Heimtali_vallavalitsus, lk 29
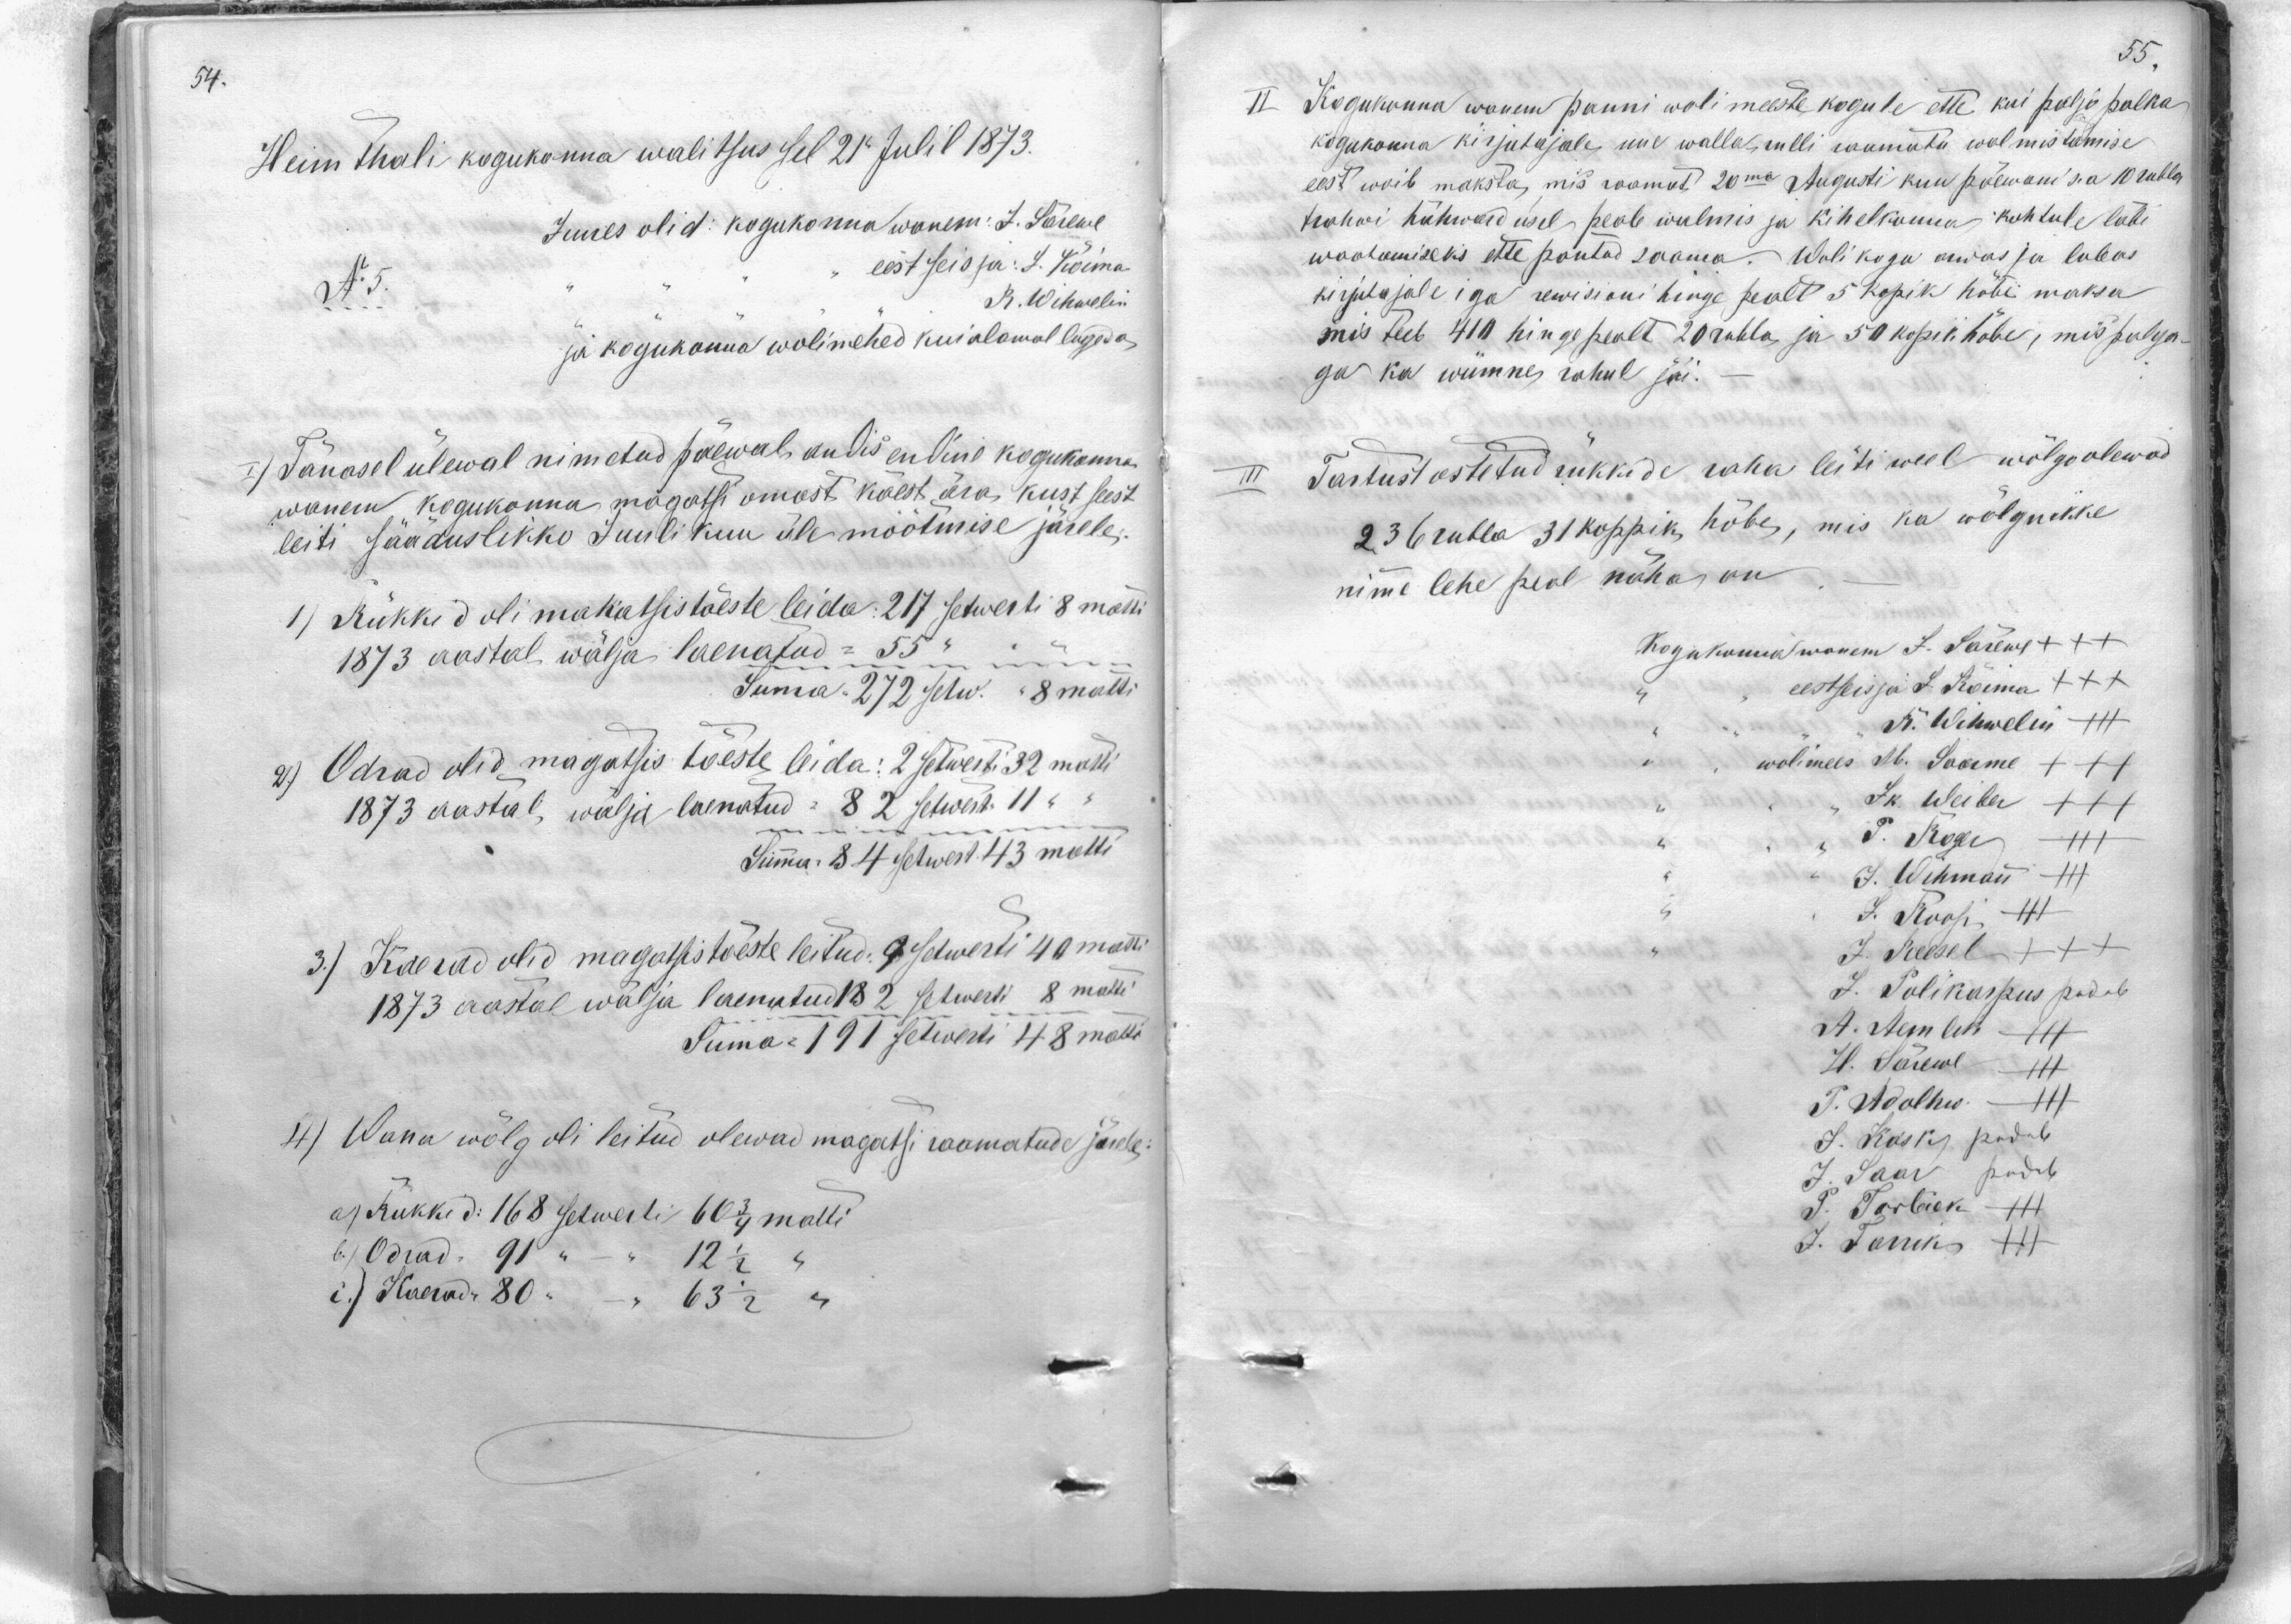
Heimthali kogukonna walitsus sel 21 Julil 1873.
Juures olid: kogukonna wanem: J. Särewe
No:5
eestseisja: J. Kõima
R. Wihwelin
ja kogukonna wolimehed kui alamal lugeda,
I) Tänasel ülewal nimetud päewal andis endine kogukonna
wanem kogukonna magatsi omast käest ära kust seest
leiti sääduslikko Juulikuu üle möötmise järele.
1) Rükkid oli makatsis tõeste leida: 217 setwerti 8 matti
1873 aastal wälja laenatud = 55
Suma. 272 setw. "8 matti
2) Odrad olid magatsis tõeste leida: 2 setwesti 32 matti
1873 aastal, wälja laenatud: 82 setwert 11
Suma: 84 setwert 43 matti
3) Kaerad olid magatsis tõeste leitud. Setwerti 40 matti
1873 aastal wälja laenatud 182 setwerti 8 matti
Suma: 191 setwerti 48 matti
4) Wana wõlg oli leitud olewad magatsi raamatude järele:
a) Rukkid: 168 setwerti 60 3/4 matti
b.) Odrad, 91 " - 12 1/2
i.) Kaerad: 80 - " 63 1/2

II Kogukonna wanem panni wolimeste kogule ette kui palju palka
kogukonna kirjutajale, uue walla, rulli raamatu walmistamise
eest woib maksta, mis raamat 20ma Augusti kuu päewani s.a 10 rubla
Kohwi hühwaid isel, peale walmis ja kihelkonna kohtule läbi
waatamiseks ette pantud saama. Wolikogu arwas ja lubas
kirjutajale iga rewisioni hinge pealt 5 kopik häbi maksa
mis teeb 410 hingepealt 20 rubla ja 50 kopik hõbe, mis palga-
ga ka wiimne rahul jäi.
Tartust ostetud rükkude raha leiti weel wõlga olewad
236 rubla 31 koppik hõbes, mis ka wõlgnikke
nime lehe peal näha on
Kogukonna wanem J. Särewe +++
eestseisja J. Kõima +++
R. Wihwelin XXX
wolimees M. Saarme XXX
Jk. Weiber XXX
T. Roger XXX
J. Wihman
J. Roosi
J. Reesel +++
J. Polikarpus pudub
A. Aemlik
H. Särewe
P. Adolhw- III
J. Kaski pudub
J. Saar podub
P. Torbeck - III
J. Tarrik III